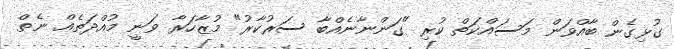
ގުޅިގެން ބާއްވަން މަސައްކަތް ކުރި "ގަންނާނެއްބާ ސަރުކާރު" މުޒާހަރާ ވަނީ މުއްދަތެއް ނެތް